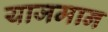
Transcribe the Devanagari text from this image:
याजमान